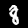
Label: 8